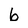
Character: 6